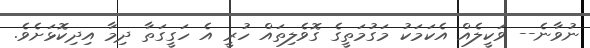
ނުވާނެ-- ވަކީލެއް އެކަމަކު މަގުމަތީގެ ގޮވެލިތައް ހުރީ އެ ހަގީގަތާ ދިމާ އިދިކޮޅަށެވެ.